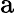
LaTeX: \mathrm{a}